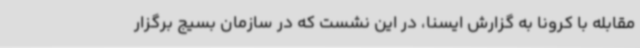
مقابله با کرونا به گزارش ایسنا، در این نشست که در سازمان بسیج برگزار